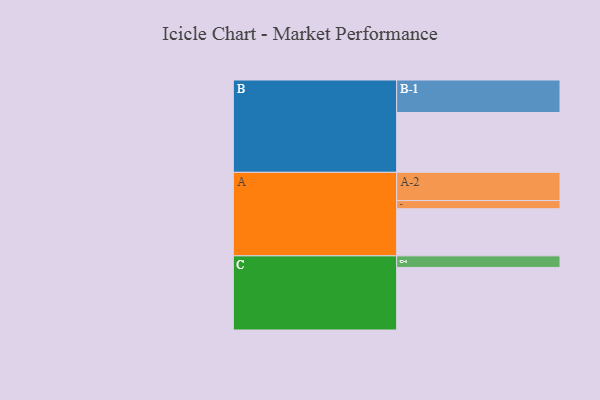
{"axis": {"x": "Segment", "y": "Value"}, "legend": ["", "A", "B", "C"], "data": [{"x": "A", "y": 428, "type": ""}, {"x": "B", "y": 543, "type": ""}, {"x": "C", "y": 568, "type": ""}, {"x": "A-1", "y": 74, "type": "A"}, {"x": "A-2", "y": 256, "type": "A"}, {"x": "B-1", "y": 295, "type": "B"}, {"x": "C-1", "y": 105, "type": "C"}]}